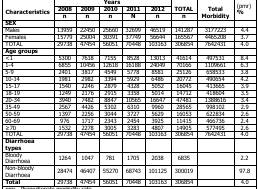
<table><thead><tr><td rowspan="3"><b>Characteristics</b></td><td colspan="5"><b>Years</b></td><td rowspan="2"><b>TOTAL</b></td><td rowspan="3"><b>Total Morbidity</b></td><td rowspan="3"><b>(pmr) %</b></td></tr><tr><td><b>2008</b></td><td><b>2009</b></td><td><b>2010</b></td><td><b>2011</b></td><td><b>2012</b></td></tr><tr><td><b>n</b></td><td><b>n</b></td><td><b>n</b></td><td><b>N</b></td><td><b>n</b></td><td><b>n</b></td></tr></thead><tbody><tr><td><b>SEX</b></td><td></td><td></td><td></td><td></td><td></td><td></td><td></td><td></td></tr><tr><td>Males</td><td>13959</td><td>22450</td><td>25660</td><td>32699</td><td>46519</td><td>141287</td><td>3177223</td><td>4.4</td></tr><tr><td>Females</td><td>15779</td><td>25004</td><td>30391</td><td>37749</td><td>56644</td><td>165567</td><td>4465208</td><td>3.7</td></tr><tr><td>TOTAL</td><td>29738</td><td>47454</td><td>56051</td><td>70448</td><td>103163</td><td>306854</td><td>7642431</td><td>4.0</td></tr><tr><td><b>Age groups</b></td><td></td><td></td><td></td><td></td><td></td><td></td><td></td><td></td></tr><tr><td>&lt;1</td><td>5300</td><td>7618</td><td>7155</td><td>8528</td><td>13013</td><td>41614</td><td>497531</td><td>8.4</td></tr><tr><td>1-4</td><td>6855</td><td>10456</td><td>12618</td><td>16188</td><td>24049</td><td>70166</td><td>1109661</td><td>6.3</td></tr><tr><td>5-9</td><td>2401</td><td>3817</td><td>4549</td><td>5778</td><td>8581</td><td>25126</td><td>658533</td><td>3.8</td></tr><tr><td>10-14</td><td>1981</td><td>2982</td><td>3394</td><td>5929</td><td>6486</td><td>20772</td><td>490654</td><td>4.2</td></tr><tr><td>15-17</td><td>1540</td><td>2246</td><td>2879</td><td>4328</td><td>5052</td><td>16045</td><td>413665</td><td>3.9</td></tr><tr><td>18-19</td><td>1249</td><td>2176</td><td>2915</td><td>3358</td><td>5014</td><td>14712</td><td>418604</td><td>3.5</td></tr><tr><td>20-34</td><td>3940</td><td>7482</td><td>8847</td><td>10565</td><td>16647</td><td>47481</td><td>1388616</td><td>3.4</td></tr><tr><td>35-49</td><td>2567</td><td>4426</td><td>5302</td><td>6310</td><td>9960</td><td>28565</td><td>998102</td><td>2.9</td></tr><tr><td>50-59</td><td>1397</td><td>2256</td><td>3044</td><td>3727</td><td>5629</td><td>16053</td><td>622834</td><td>2.6</td></tr><tr><td>60-69</td><td>976</td><td>1717</td><td>2343</td><td>2454</td><td>3925</td><td>11415</td><td>466736</td><td>2.4</td></tr><tr><td>≥70</td><td>1532</td><td>2278</td><td>3005</td><td>3283</td><td>4807</td><td>14905</td><td>577495</td><td>2.6</td></tr><tr><td>TOTAL</td><td>29738</td><td>47454</td><td>56051</td><td>70448</td><td>103163</td><td>306854</td><td>7642431</td><td>4.0</td></tr><tr><td><b>Diarrhoea types</b></td><td></td><td></td><td></td><td></td><td></td><td></td><td></td><td></td></tr><tr><td>Bloody Diarrhoea</td><td>1264</td><td>1047</td><td>781</td><td>1705</td><td>2038</td><td>6835</td><td></td><td>2.2</td></tr><tr><td>Non-bloody Diarrhoea</td><td>28474</td><td>46407</td><td>55270</td><td>68743</td><td>101125</td><td>300019</td><td></td><td>97.8</td></tr><tr><td><b>Total</b></td><td>29738</td><td>47454</td><td>56051</td><td>70448</td><td>103163</td><td>306854</td><td></td><td>4.0</td></tr></tbody></table>